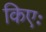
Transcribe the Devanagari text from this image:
किएः